Source: Handwritten
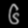
Digit: ၆ (6)